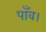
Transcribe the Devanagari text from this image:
पाँव।